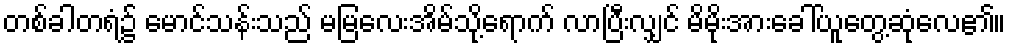
တစ်ခါတရံ၌ မောင်သန်းသည် မမြလေးအိမ်သို့ရောက် လာပြီးလျှင် မိမိုးအားခေါ်ယူတွေ့ဆုံလေ၏။